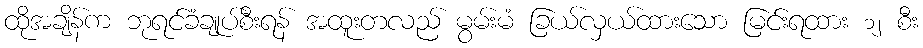
ထိုအချိန်က ဘုရင်ခံချုပ်စီးရန် အထူးတလည် မွမ်းမံ ခြယ်လှယ်ထားသော မြင်းရထား ၁၂ စီး